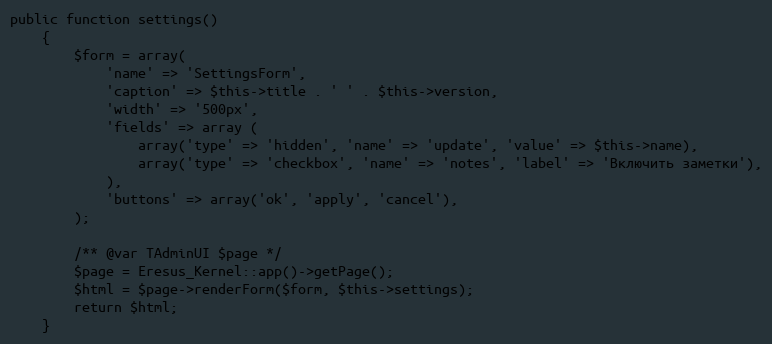
Language: PHP
public function settings()
    {
        $form = array(
            'name' => 'SettingsForm',
            'caption' => $this->title . ' ' . $this->version,
            'width' => '500px',
            'fields' => array (
                array('type' => 'hidden', 'name' => 'update', 'value' => $this->name),
                array('type' => 'checkbox', 'name' => 'notes', 'label' => 'Включить заметки'),
            ),
            'buttons' => array('ok', 'apply', 'cancel'),
        );

        /** @var TAdminUI $page */
        $page = Eresus_Kernel::app()->getPage();
        $html = $page->renderForm($form, $this->settings);
        return $html;
    }